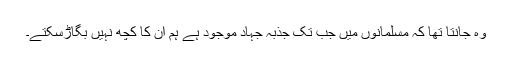
وہ جانتا تھا کہ مسلمانوں میں جب تک جذبۂ جہاد موجود ہے ہم ان کا کچھ نہیں بگاڑسکتے۔